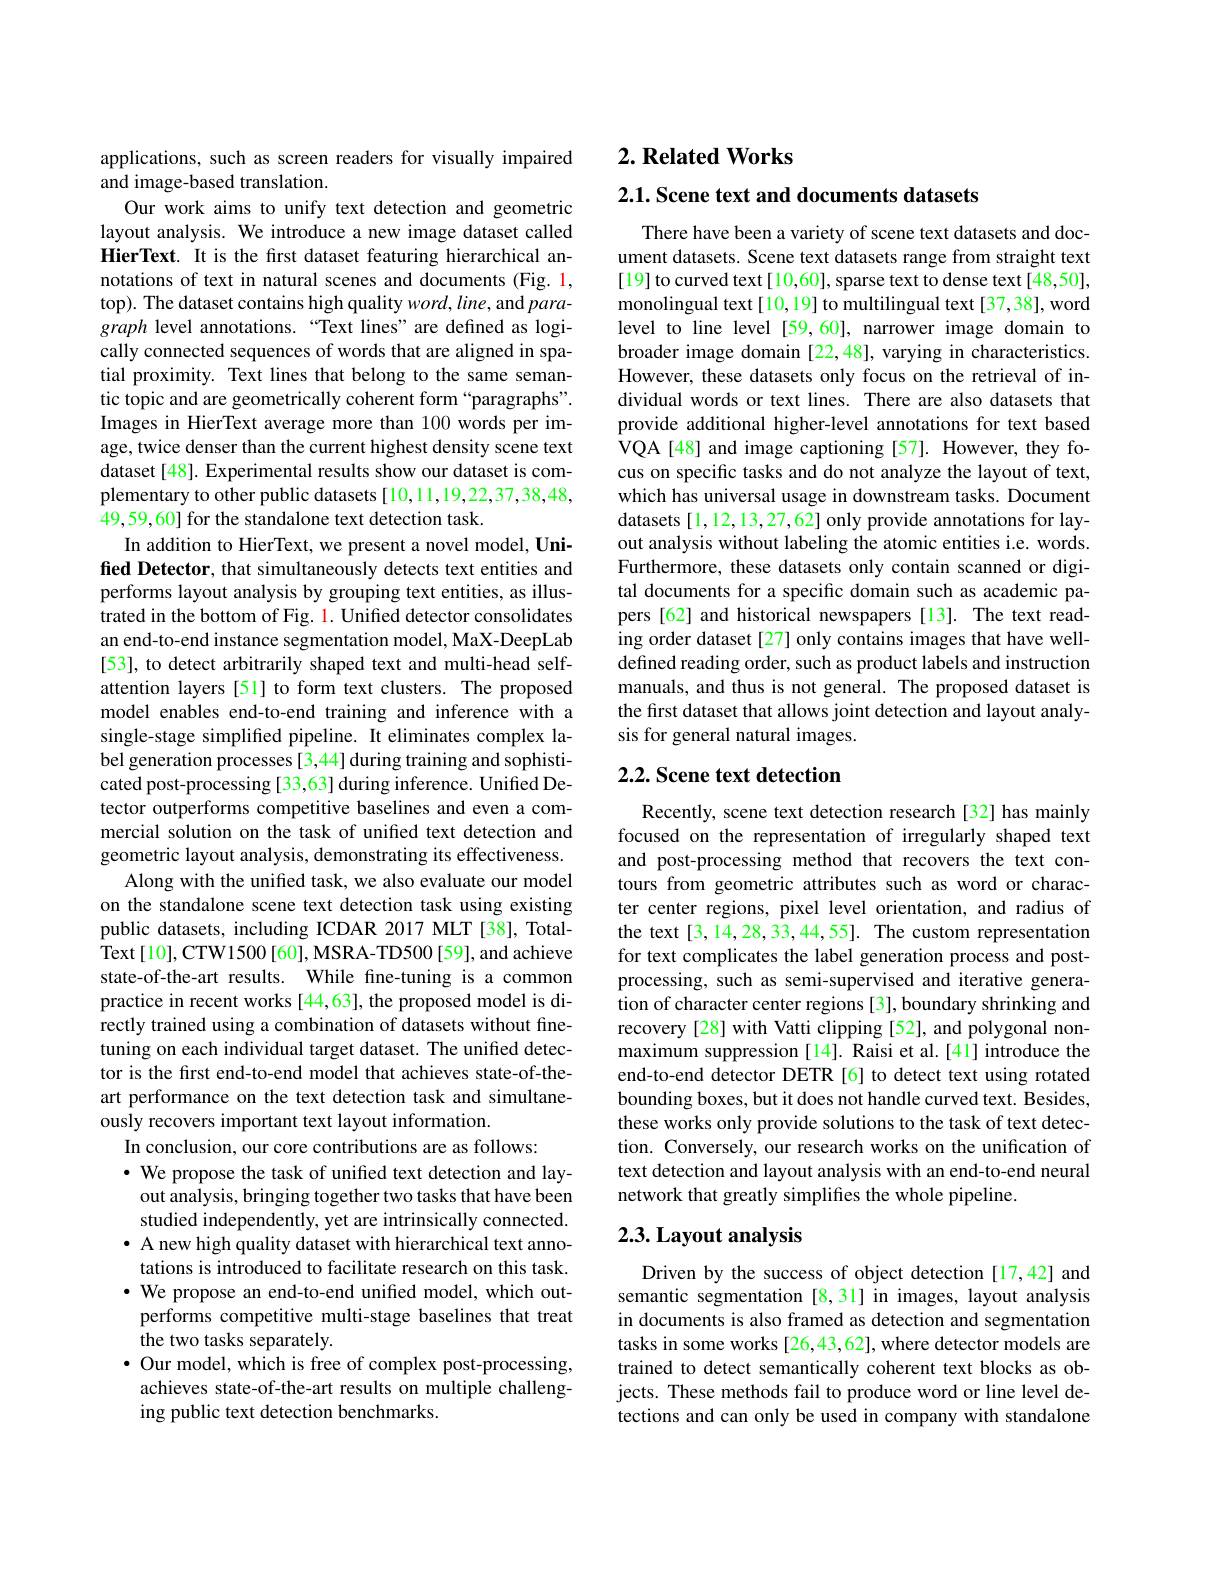
applications, such as screen readers for visually impaired
and image-based translation.
Our work aims to unify text detection and geometric layout analysis. We introduce a new image dataset called HierText. It is the first dataset featuring hierarchical annotations of text in natural scenes and documents (Fig. 1, top). The dataset contains high quality $word,line$, and $para-$ graph level annotations.“Text lines”are defined as logically connected sequences of words that are aligned in spatial proximity. Text lines that belong to the same semantic topic and are geometrically coherent form “paragraphs”. Images in HierText average more than 100 words per image, twice denser than the current highest density scene text dataset[48]. Experimental results show our dataset is complementary to other public datasets [10,11,19,22,37,38,48, 49,59,60] for the standalone text detection task.
In addition to HierText, we present a novel model, Unified Detector, that simultaneously detects text entities and performs layout analysis by grouping text entities, as illustrated in the bottom of Fig. 1. Unified detector consolidates an end-to-end instance segmentation model, MaX-DeepLab [53], to detect arbitrarily shaped text and multi-head selfattention layers [51] to form text clusters. The proposed model enables end-to-end training and inference with a single-stage simplified pipeline. It eliminates complex label generation processes [3,44] during training and sophisticated post-processing [33,63] during inference. Uniffed Detector outperforms competitive baselines and even a commercial solution on the task of unified text detection and geometric layout analysis, demonstrating its effectiveness.
Along with the unified task, we also evaluate our model on the standalone scene text detection task using existing public datasets, including ICDAR 2017 MLT [38], TotalText[10],CTW1500[60],MSRA-TD500[59],and achieve state-of-the-art results. While fine-tuning is a common practice in recent works [44,63], the proposed model is directly trained using a combination of datasets without finetuning on each individual target dataset. The unified detector is the first end-to-end model that achieves state-of-theart performance on the text detection task and simultaneously recovers important text layout information.
In conclusion, our core contributions are as follows:
· We propose the task of unified text detection and lay-
out analysis, bringing together two tasks that have been studied independently, yet are intrinsically connected
· A new high quality dataset with hierarchical text anno-
tations is introduced to facilitate research on this task. $\cdot$ We propose an end-to-end unified model, which outperforms competitive multi-stage baselines that treat the two tasks separately
$\bullet$ Our model, which is free of complex post-processing, achieves state-of-the-art results on multiple challenging public text detection benchmarks.

# $2. \textbf{ Related Works}$

2.1. Scene text and documents datasets

There have been a variety of scene text datasets and document datasets. Scene text datasets range from straight text [19] to curved text[10,60], sparse text to dense text[48,50], monolingual text[10,19] to multilingual text[37,38], word level to line level [59,60], narrower image domain to broader image domain [22,48], varying in characteristics However, these datasets only focus on the retrieval of individual words or text lines. There are also datasets that provide additional higher-level annotations for text based VQA[48] and image captioning [57]. However, they focus on specific tasks and do not analyze the layout of text, which has universal usage in downstream tasks. Document datasets [1,12,13,27,62] only provide annotations for layout analysis without labeling the atomic entities i.e. words. Furthermore, these datasets only contain scanned or digital documents for a specific domain such as academic papers[62] and historical newspapers[13]. The text reading order dataset [27] only contains images that have welldefined reading order, such as product labels and instruction manuals, and thus is not general. The proposed dataset is the first dataset that allows joint detection and layout analysis for general natural images.

## 2.2. Scene text detection

Recently, scene text detection research [32] has mainly focused on the representation of irregularly shaped text and post-processing method that recovers the text contours from geometric attributes such as word or character center regions, pixel level orientation, and radius of the text[3,14,28,33,44,55]. The custom representation for text complicates the label generation process and postprocessing, such as semi-supervised and iterative generation of character center regions [3], boundary shrinking and recovery [28] with Vatti clipping [52], and polygonal nonmaximum suppression[14]. Raisi et al.[41] introduce the end-to-end detector DETR [6] to detect text using rotated bounding boxes, but it does not handle curved text. Besides, these works only provide solutions to the task of text detection. Conversely, our research works on the unification of text detection and layout analysis with an end-to-end neural network that greatly simplifies the whole pipeline.

## 2.3. Layout analysis

Driven by the success of object detection [17,42] and semantic segmentation [8,31] in images, layout analysis in documents is also framed as detection and segmentation tasks in some works [26,43,62], where detector models are trained to detect semantically coherent text blocks as objects. These methods fail to produce word or line level detections and can only be used in company with standalone